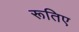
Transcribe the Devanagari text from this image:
रूतिए